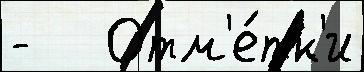
-   Отм'е́тк'и